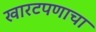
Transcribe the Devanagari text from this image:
खारटपणाचा